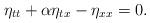
LaTeX: \begin{align*} \eta_{tt}+\alpha\eta_{tx}-\eta_{xx}=0.\end{align*}